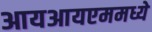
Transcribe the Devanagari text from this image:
आयआयएममध्ये